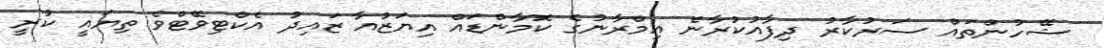
ޝޭހުންތައް ސަރުކާރު ދިފާއުކުރާނެ އިމްރާނުގެ ކޮމާންޑައް އިޔަޒުއާ ޒައިދު އެކްޓިވޭޓްވެ ތިޔައީ ކުރީ